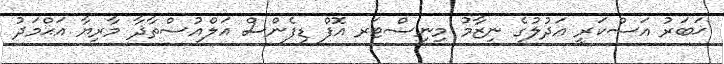
ޚަބަރު އަސްކަރީ ޢަދުލުގެ ނިޒާމު މިނިސްޓަރ އޮފް ޑިފެންސް އަލްއުސްތާޛާ މާރިޔާ އަޙްމަދު